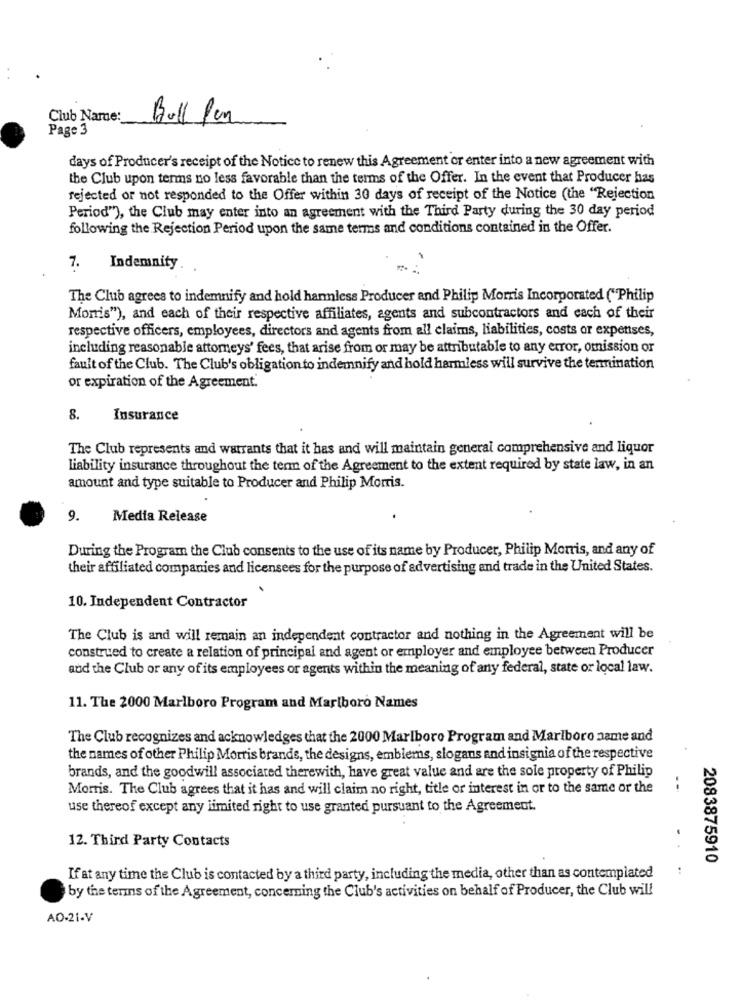
Club Name:
Bull Pen
Page 3
days of Producer's receipt of the Notice to renew this Agreement or enter into a new agreement with
the Club upon terms no less favorable than the terms of the Offer. In the event that Producer has
rejected or not responded to the Offer within 30 days of receipt of the Notice (the "Rejection
Period"), the Club may enter into an agreement with the Third Party during the 30 day period
following the Rejection Period upon the same terms and conditions contained in the Offer.
7.
Indemnity
The Club agrees to indemnify and hold harmless Producer and Philip Morris Incorporated ("Philip
Morris"), and each of their respective affiliates, agents and subcontractors and each of their
respective officers, employees, directors and agents from all claims, liabilities, costs or expertses,
including reasonable attorneys' fees, that arise from or may be attributable to any error, omission or
fault of the Club. The Club's obligation to indemnify and hold harmless will survive the termination
or expiration of the Agreement.
8.
Insurance
The Club represents and warrants that it has and will maintain general comprehensive and liquor
liability insurance throughout the term of the Agreement to the extent required by state law, in an
amount and type suitable to Producer and Philip Morris.
9.
Media Release
During the Program the Club consents to the use of its name by Producer, Philip Morris, and any of
their affiliated companies and licensees for the purpose of advertising and trade in the United States.
10. Independent Contractor
The Club is and will remain an independent contractor and nothing in the Agreement will be
construed to create a relation of principal and agent or employer and employee between Producer
and the Club or any of its employees or agents within the meaning of any federal, state or local law.
11. The 2000 Marlboro Program and Marlboro Names
The Club recognizes and acknowledges that the 2000 Marlboro Program and Marlboro name and
the names of other Philip Morris brands, the designs, emblems, slogans and insignia of the respective
brands, and the goodwill associated therewith, have great value and are the sole property of Philip
Morris. The Club agrees that it has and will claim no right, title or interest in or to the same or the
- -
use thereof except any limited right to use granted pursuant to the Agreement.
12. Third Party Contacts
2083875910
If at any time the Club is contacted by a third party, including the media, other than as contemplated
by the terins of the Agreement, concerning the Club's activities on behalf of Producer, the Club will
AO-21-V